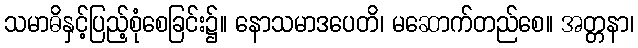
သမာဓိနှင့်ပြည့်စုံစေခြင်း၌။ နောသမာဒပေတိ၊ မဆောက်တည်စေ။ အတ္တနာ၊